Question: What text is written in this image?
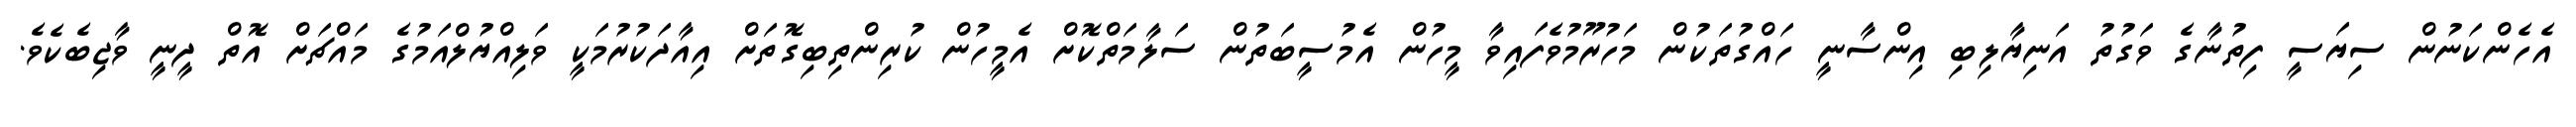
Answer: އެހެންކަނުން ސިޔަސީ ފިތުނާގެ ވަގުތު އަނިޔާލިބި އިންސާނީ ހައްގުތަކުން މަހުރޫމުވެފައިވާ މީހުން އެމުސީބަތުން ސަލާމަތްކޮށް އެމީހުން ކުރިންތިބިގޮތަށް އިއާދަކުރުމަކީ ވަލިއްޔުލްއަމުގެ މައްޗަށް އޮތް ދީނީ ވާޖިބެކެވެ.